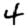
Digit: 4